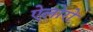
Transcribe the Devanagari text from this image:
ऐलोरो